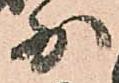
少